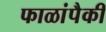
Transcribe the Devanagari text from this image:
फाळांपैकी